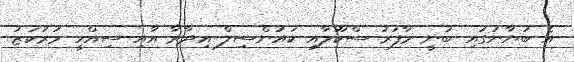
އެ ބަޔާނުގައި ބުނީ މާފަރު ސްކޫލާއި ކައުންސިލް އިދާރާ އާއި ސިއްހީ މަރުކަޒު